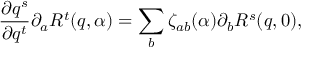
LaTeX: \frac { \partial q ^ { s } } { \partial q ^ { t } } \partial _ { a } R ^ { t } ( q , \alpha ) = \sum _ { b } \zeta _ { a b } ( \alpha ) \partial _ { b } R ^ { s } ( q , 0 ) ,